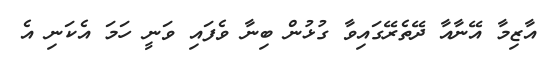
އާޒިމާ އޭނާއާ ދޭތެރޭގައިވާ ގުޅުން ބިނާ ވެފައި ވަނީ ހަމަ އެކަނި އެ